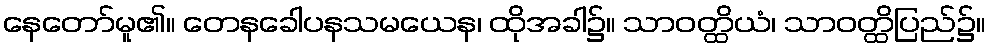
နေတော်မူ၏။ တေနခေါပနသမယေန၊ ထိုအခါ၌။ သာဝတ္ထိယံ၊ သာဝတ္ထိပြည်၌။